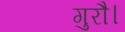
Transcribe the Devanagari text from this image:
गुरौ।